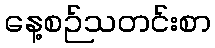
နေ့စဉ်သတင်းစာ